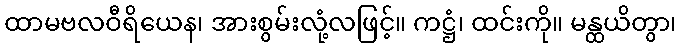
ထာမဗလဝီရိယေန၊ အားစွမ်းလုံ့လဖြင့်။ ကဋ္ဌံ၊ ထင်းကို။ မန္ထယိတွာ၊